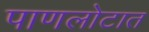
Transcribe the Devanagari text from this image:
पाणलोटात